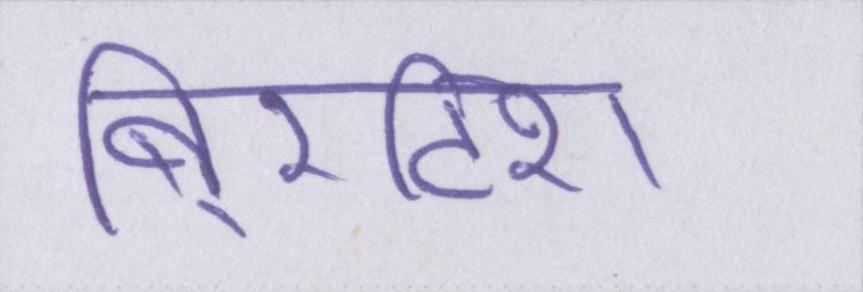
बि्रटिश